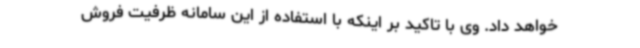
خواهد داد. وی با تاکید بر اینکه با استفاده از این سامانه ظرفیت فروش